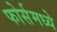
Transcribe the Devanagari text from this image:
फोर्समध्ये